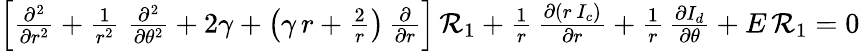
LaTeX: \begin{array}{r}{\left[{\frac{\partial^{2}}{\partial r^{2}}}+{\frac{1}{r^{2}}}\; {\frac{\partial^{2}}{\partial\theta^{2}}}+2\gamma+\left(\gamma\, r+{\frac{2}{r}}\right)\, {\frac{\partial}{\partial r}}\right]\, {\mathcal R}_{1}+{\frac{1}{r}}\, {\frac{\partial(r\, I_{c})}{\partial r}}+{\frac{1}{r}}\, {\frac{\partial I_{d}}{\partial\theta}}+E\, {\mathcal R}_{1}=0}\end{array}